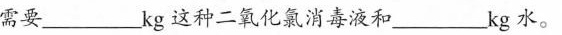
需要___kg这种二氧化氯消毒液和___kg水。